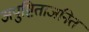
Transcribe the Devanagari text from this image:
अपुष्टिताजनित